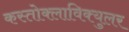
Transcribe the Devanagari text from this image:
कस्तोक्लाविक्युलर